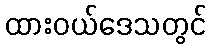
ထားဝယ်ဒေသတွင်